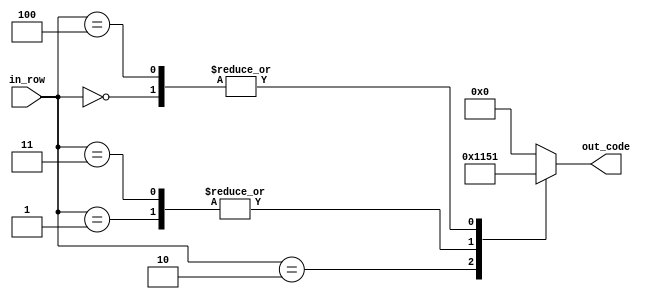
`timescale 1ns / 1ps
//////////////////////////////////////////////////////////////////////////////////
// Company: 
// Engineer: 
// 
// Design Name: 
// Module Name:    bmultip 
// Project Name: 
// Target Devices: 
// Tool versions: 
// Description: 
//
// Dependencies: 
//
// Revision: 
// Revision 0.01 - File Created
// Additional Comments: 
//
//////////////////////////////////////////////////////////////////////////////////
module bmultip(
	 input [2:0] in_row,
    output reg [4:0] out_code
    );

parameter [4:0] d_0 = 5'b10001; // X   X
parameter [4:0] d_1 = 5'b01010; //  X X 
parameter [4:0] d_2 = 5'b00100; //   X

always @ *
begin
	case (in_row)
		3'b000:
			out_code = d_0;
		3'b001:
			out_code = d_1;
		3'b010:
			out_code = d_2;
		3'b011:
			out_code = d_1;
		3'b100:
			out_code = d_0;
		default:
			out_code = 5'b0;
	endcase
end

endmodule